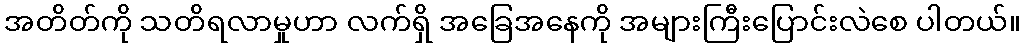
အတိတ်ကို သတိရလာမှုဟာ လက်ရှိ အခြေအနေကို အများကြီးပြောင်းလဲစေ ပါတယ်။